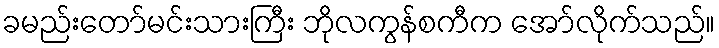
ခမည်းတော်မင်းသားကြီး ဘိုလကွန်စကီက အော်လိုက်သည်။